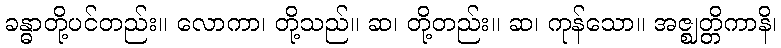
ခန္ဓာတို့ပင်တည်း။ လောကာ၊ တို့သည်။ ဆ၊ တို့တည်း။ ဆ၊ ကုန်သော။ အဇ္ဈတ္တိကာနိ၊